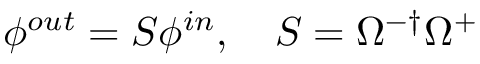
\phi ^ { o u t } = S \phi ^ { i n } , \quad S = \Omega ^ { - \dagger } \Omega ^ { + }